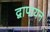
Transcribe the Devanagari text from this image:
द्वापायन